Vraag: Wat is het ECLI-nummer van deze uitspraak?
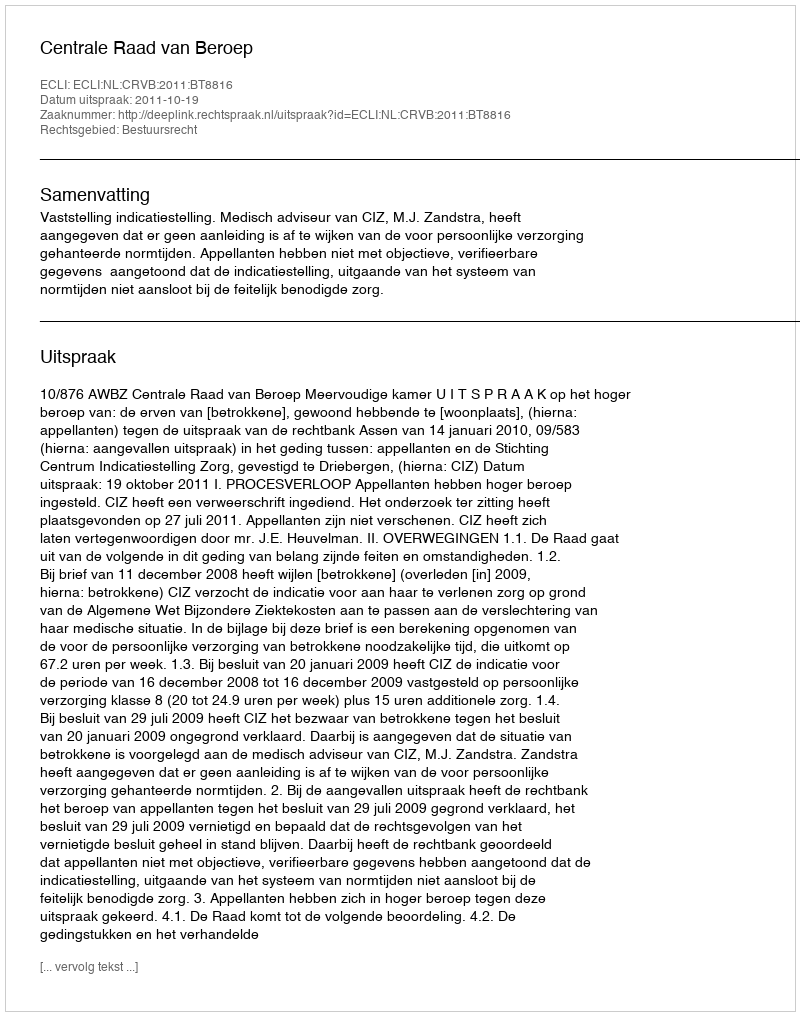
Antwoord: ECLI:NL:CRVB:2011:BT8816